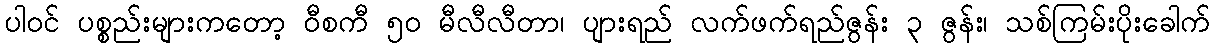
ပါဝင် ပစ္စည်းများကတော့ ဝီစကီ ၅၀ မီလီလီတာ၊ ပျားရည် လက်ဖက်ရည်ဇွန်း ၃ ဇွန်း၊ သစ်ကြမ်းပိုးခေါက်